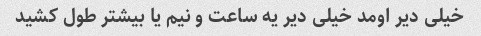
خیلی دیر اومد خیلی دیر یه ساعت و نیم یا بیشتر طول کشید